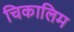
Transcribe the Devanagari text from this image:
चिकालिम